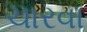
ચારવા